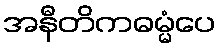
အနီတိကဓမ္မံပေ